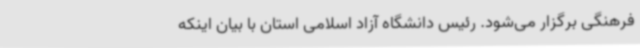
فرهنگی برگزار می‌شود. رئیس دانشگاه آزاد اسلامی استان با بیان اینکه